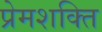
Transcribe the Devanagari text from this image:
प्रेमशक्ति